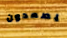
يصعدون